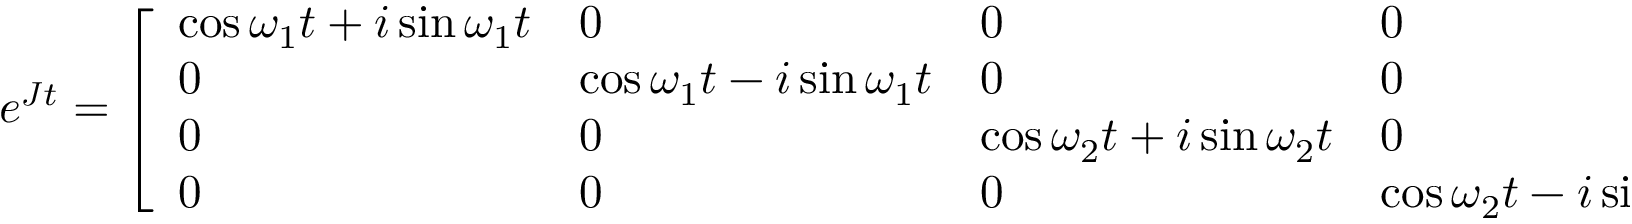
e ^ { \boldsymbol { J } t } = \left[ \begin{array} { l l l l } { \cos \omega _ { 1 } t + i \sin \omega _ { 1 } t } & { 0 } & { 0 } & { 0 } \\ { 0 } & { \cos \omega _ { 1 } t - i \sin \omega _ { 1 } t } & { 0 } & { 0 } \\ { 0 } & { 0 } & { \cos \omega _ { 2 } t + i \sin \omega _ { 2 } t } & { 0 } \\ { 0 } & { 0 } & { 0 } & { \cos \omega _ { 2 } t - i \sin \omega _ { 2 } t } \end{array} \right]